Memorandum on the prevention of leprosy by segregation of the affected
Disease focus: Leprosy
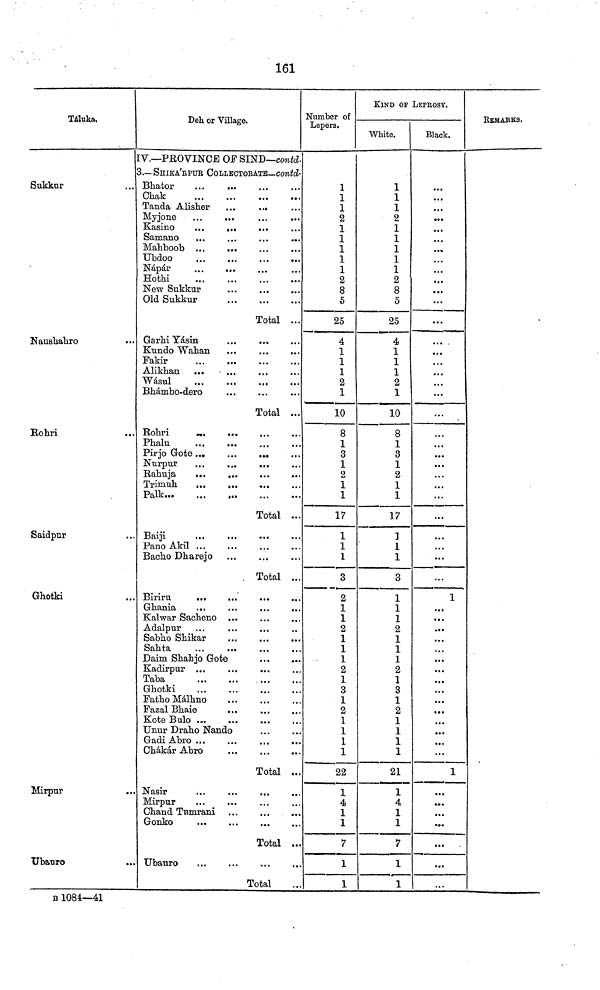
161
Táluka.
Sukkur
Nausbahro
Bohri
Saidpur
Ghotki
Mirpur
Ubauro
Deh or Village.
IV.—PROVINCE OF SIND—contd.
3.—SHIKA'RPUR COLLECTOBATE—contd.-
Blaator
Chak
Tanda Alislier
...
...
Samano
Mahboob
Ubdoo
Nápár
Hothi
New Sukkur
Old Sukkur
Total ...
. Garhi Yásin
Kundo Wahan
Fakir
Alikhan ...
...
Wásul
Bhámbo-dero
Total ...
Bohri
Phalu
Pirjo Gote...
...
...
Nurpur
Palk
Total ...
Pano Akil
Bacho Dharejo
. Total ...
Ghania
...
Kalwar Sacheno
Adalpur
Sabho Shikar
Sahta
...
...
Daim Shahjo Gote
Taba
Ghotki
FathoMálhno
Fazal Bhaie
Unur Draho Nando
Gadi Abro ...
Chákár Abro
Total ..
.. Nasir
Mirpur
Chand Tnmrani ...
Gonko
Total ..
Ubauro
Total
Number of
Lepera,
1
1
1
2
1
1
1
1
1
2
8
5
25
4
1
1
1
2
1
10
8
1
3
1
2
1
1
17
1
1
1
3
2
1
1
2
1
1
1
2
1
3
1
2
1
1
1
1
22
1
4
1
1
7
1
1
KIND OF LEPROSY.
White.
1
1
1
2
1
1
1
1
1
2
8
5
25
4
1
1
1
2
1
10
8
1
3
1
2
1
1
17
1
1
1
3
1
1
1
2
1
1
1
2
1
3
1
2
1
1
1
1
21
1
4
1
1
7
1
1
Black.
...
...
...
...
...
...
• ••
...
...
...
...
...
...
...
...
...
...
...
...
...
...
...
• • •
• • •
...
...
1
...
...
...
...
...
...
...
...
...
...
...
1
• • •
...
...
KEMAKKS.
B 1084—41